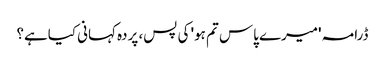
ڈرامہ 'میرے پاس تم ہو' کی پس، پردہ کہانی کیاہے؟